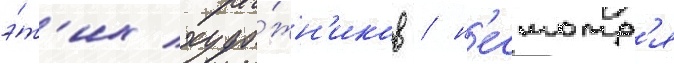
э́т'их худо́жн'иков / н'есмотр'я